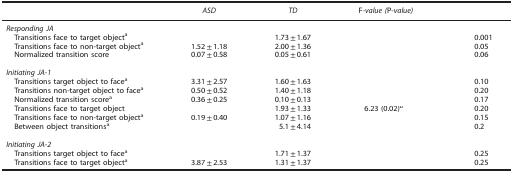
<table><thead><tr><td>[EMPTY_CELL]</td><td><b><i>ASD</i></b></td><td><b><i>TD</i></b></td><td><b>F<i>-value (</i>P<i>-value)</i></b></td><td>[EMPTY_CELL]</td></tr></thead><tbody><tr><td colspan="5"><i>Responding JA</i></td></tr><tr><td> Transitions face to target objecta</td><td>[EMPTY_CELL]</td><td>1.73±1.67</td><td>[EMPTY_CELL]</td><td>0.001</td></tr><tr><td> Transitions face to non-target objecta</td><td>1.52±1.18</td><td>2.00±1.36</td><td>[EMPTY_CELL]</td><td>0.05</td></tr><tr><td> Normalized transition score</td><td>0.07±0.58</td><td>0.05±0.61</td><td>[EMPTY_CELL]</td><td>0.06</td></tr><tr><td colspan="5">[EMPTY_CELL]</td></tr><tr><td colspan="5"><i>Initiating JA-1</i></td></tr><tr><td> Transitions target object to facea</td><td>3.31±2.57</td><td>1.60±1.63</td><td>[EMPTY_CELL]</td><td>0.10</td></tr><tr><td> Transitions non-target object to facea</td><td>0.50±0.52</td><td>1.40±1.18</td><td>[EMPTY_CELL]</td><td>0.20</td></tr><tr><td> Normalized transition scorea</td><td>0.36±0.25</td><td>0.10±0.13</td><td>[EMPTY_CELL]</td><td>0.17</td></tr><tr><td> Transitions face to target object</td><td>[EMPTY_CELL]</td><td>1.93±1.33</td><td>6.23 (0.02)b</td><td>0.20</td></tr><tr><td> Transitions face to non-target objecta</td><td>0.19±0.40</td><td>1.07±1.16</td><td>[EMPTY_CELL]</td><td>0.15</td></tr><tr><td> Between object transitionsa</td><td>[EMPTY_CELL]</td><td>5.1±4.14</td><td>[EMPTY_CELL]</td><td>0.2</td></tr><tr><td colspan="5">[EMPTY_CELL]</td></tr><tr><td colspan="5"><i>Initiating JA-2</i></td></tr><tr><td> Transitions target object to facea</td><td>[EMPTY_CELL]</td><td>1.71±1.37</td><td>[EMPTY_CELL]</td><td>0.25</td></tr><tr><td> Transitions face to target objecta</td><td>3.87±2.53</td><td>1.31±1.37</td><td>[EMPTY_CELL]</td><td>0.25</td></tr></tbody></table>